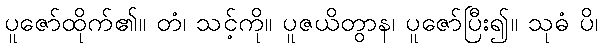
ပူဇော်ထိုက်၏။ တံ၊ သင့်ကို။ ပူဇယိတွာန၊ ပူဇော်ပြီး၍။ သုဓံ ပိ၊